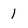
Character: 1